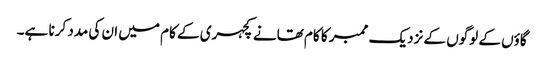
گاؤں کے لوگوں کے نزدیک ممبر کا کام تھانے کچہری کے کام میں ان کی مدد کرنا ہے۔